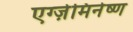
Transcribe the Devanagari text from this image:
एग्ज़ेमिनेष्ण